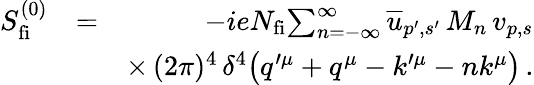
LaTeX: \begin{array}{rlr}{S_{\mathrm{fi}}^{(0)}}&{=}&{-ieN_{\mathrm{fi}}\! \sum_{n=-\infty}^{\infty}\overline{{u}}_{p^{\prime},s^{\prime}}\, M_{n}\, v_{p,s}}\\ &{}&{\times\, (2\pi)^{4}\, \delta^{4}\big(q^{\prime\mu}+q^{\mu}-k^{\prime\mu}-nk^{\mu}\big)\, .}\end{array}